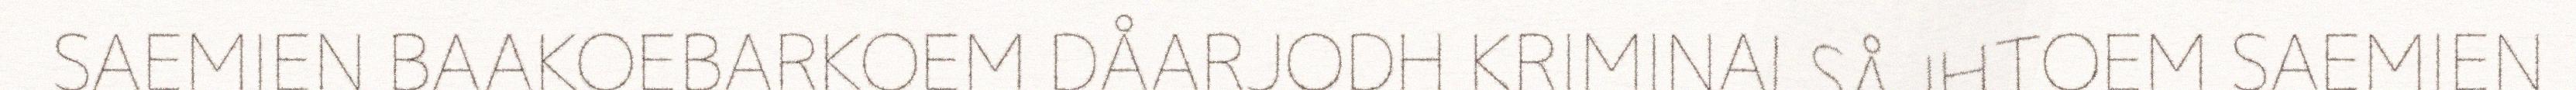
SAEMIEN BAAKOEBARKOEM DÅARJODH KRIMINALSÅJHTOEM SAEMIEN